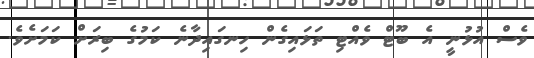
ވެސް އުޅުނީ އެ ބޫޓް ވެއްޓި ތަޅައިގެން ހިނގައިދާނެ ކަމުގެ ބިރަށް ކަމަށެވެ.